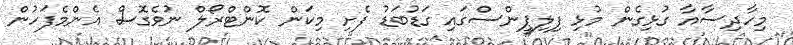
މިހާދިސާއާ ގުޅިގެން މުޅި ފިލިޕީންސްގައި ގަޑުބަޑު ފެށި މިކަން ކޮންޓްރޯލް ނުވެގޮސް އެންމެފަހުން